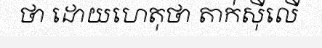
ថា ដោយហេតុថា តាក់ស៊ីលើ